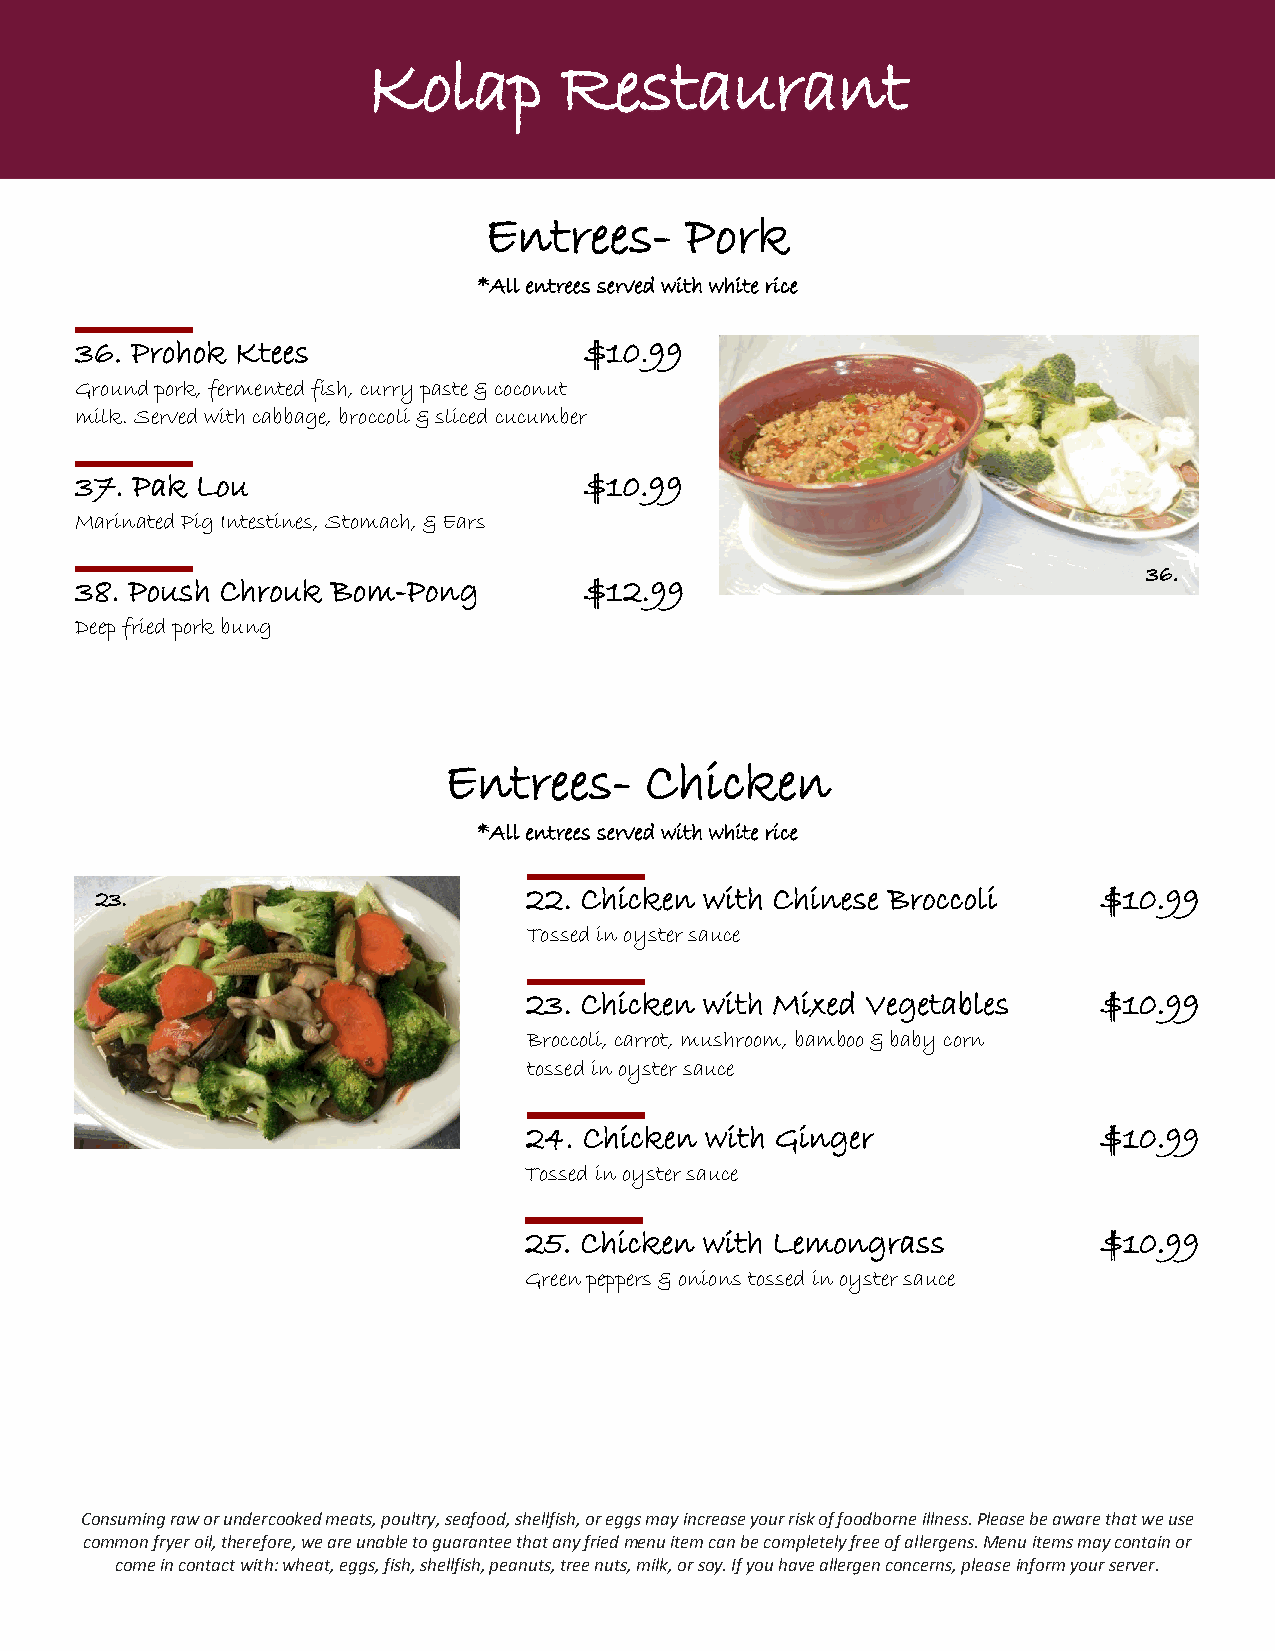
KKoollaapp   RReessttaauurraanntt
 Entrees-     Pork
 *All entrees served with white rice
 36. Prohok Ktees                  $10.99
 Ground pork, fermented fish, curry paste & coconut
 milk. Served with cabbage, broccoli & sliced cucumber
 37. Pak Lou                       $10.99
 Marinated Pig Intestines, Stomach, & Ears
 36.
 38. Poush Chrouk Bom-Pong         $12.99
 Deep fried pork bung
 Entrees-      Chicken
 *All entrees served with white rice
 23.                          22. Chicken with Chinese Broccoli     $10.99
 Tossed in oyster sauce
 23. Chicken with Mixed Vegetables     $10.99
 Broccoli, carrot, mushroom, bamboo & baby corn
 tossed in oyster sauce
 24. Chicken with Ginger               $10.99
 Tossed in oyster sauce
 25. Chicken with Lemongrass           $10.99
 Green peppers & onions tossed in oyster sauce
 Consuming raw or undercooked meats, poultry, seafood, shellfish, or eggs may increase your risk of foodborne illness. Please be aware that we use
 common fryer oil, therefore, we are unable to guarantee that any fried menu item can be completely free of allergens. Menu items may contain or
 come in contact with: wheat, eggs, fish, shellfish, peanuts, tree nuts, milk, or soy. If you have allergen concerns, please inform your server.